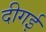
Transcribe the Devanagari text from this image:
दीगई